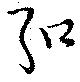
弘